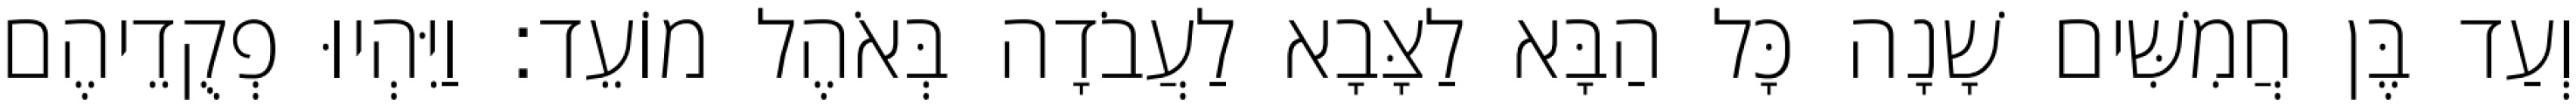
וְעַד בֶּן חֲמִשִּׁים שָׁנָה כָּל הַבָּא לַצָּבָא לַעֲבֹדָה בְּאֹהֶל מוֹעֵד׃ וַיִּהְיוּ פְקֻדֵיהֶם